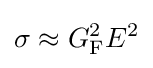
\sigma \approx G_{\rm {F}}^{2}E^{2}